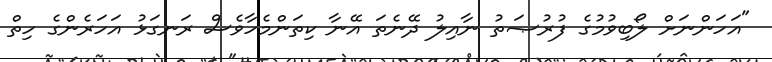
"އަހަންނަށް ލޯބިވުމުގެ ފުރުޞަތު ނާއިލު ދޭނެތަ އޭނާ ކިތަންމެހާވެސް ރަނގަޅު އަހަރެންގެ ހިތް